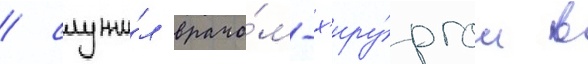
/ служи́л врачо́м-х'иру́ргом в